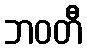
ဘဝတီ